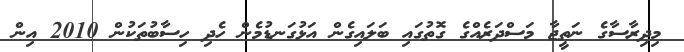
މިދިރާސާގެ ނަތީޖާ މަސްދަރެއްގެ ގޮތުގައި ބަލައިގެން އަޅުގަނޑުމެން ހެދި ހިސާބުތަކުން 2010 އިން